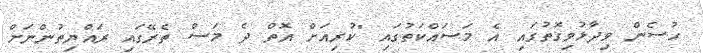
ހުސެން ވިދާޅުވިގޮތުގައި އެ މަސައްކަތުގައި "ކުރިއަށް އޮތް ދެ މަސް ތެރޭގައި ރައްޔިތުންނަށް